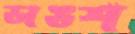
ডাঙশ